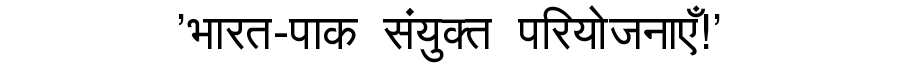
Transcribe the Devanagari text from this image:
'भारत-पाक संयुक्त परियोजनाएँ!'